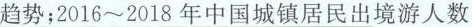
趋势；2016~2018年中国城镇居民出境游人数